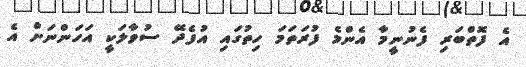
އެ ފޮތްބަރި ފެނުނީމާ އެންމެ ފުރަތަމަ ހިތުގައި އުފެދޭ ސުވާލަކީ އަހަންނަށް އެ